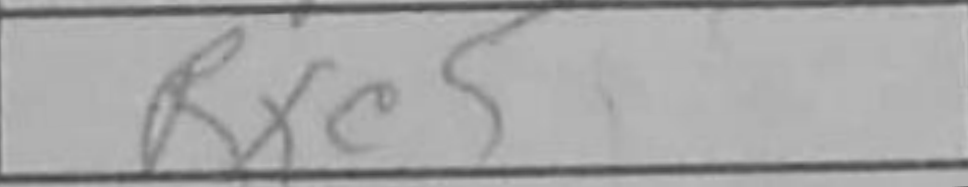
Transcription: Rxc5